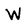
Character: W